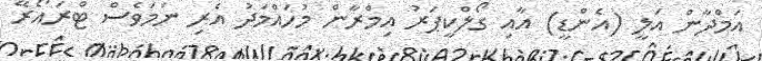
އަމްދާން އަލީ (އެންޑީ) އާއި ގޯލްކީޕަރު އިމްރާން މުހައްމަދު އެރި ނަމަވެސް ޓްރައޯރޭ